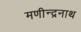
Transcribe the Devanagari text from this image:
मणीन्द्रनाथ